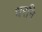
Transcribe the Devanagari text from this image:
धरनि